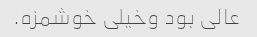
عالی بود وخیلی خوشمزه.